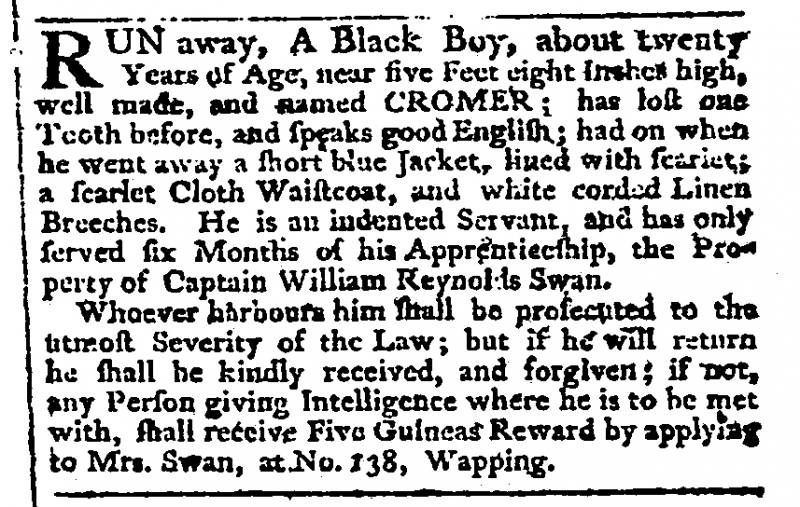
Public Advertiser, 3 July 1780 (England)
RUN away, A Black Boy, about twenty Years of Age, near five Feet eight Inches high, well made, and named CROMER; has lost one Tooth before, and speaks good English; had on when he went away a short blue Jacket, lined with scarlet; a scarlet Cloth Waistcoat, and white corded Linen Breeches. He is an indented Servant, and has only served six Months of his Apprenticeship, the Property of Captain William Reynolds Swan.  Whoever harbours him shall be prosecuted to the utmost Severity of the Law; but if he will return he shall be kindly received, and forgiven; if not, any Person giving Intelligence where he is to be met with, shall receive Five Guineas Reward by applying to Mrs. Swan, at No. 138, Wapping.